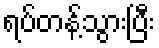
ရပ်တန့်သွားပြီး